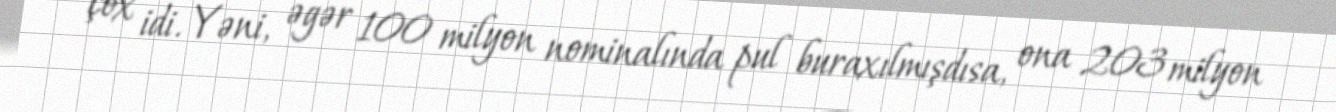
çox idi. Yəni, əgər 100 milyon nominalında pul buraxılmışdısa, ona 203 milyon